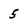
Character: 5